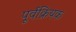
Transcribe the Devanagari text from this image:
पूर्वक्रियक